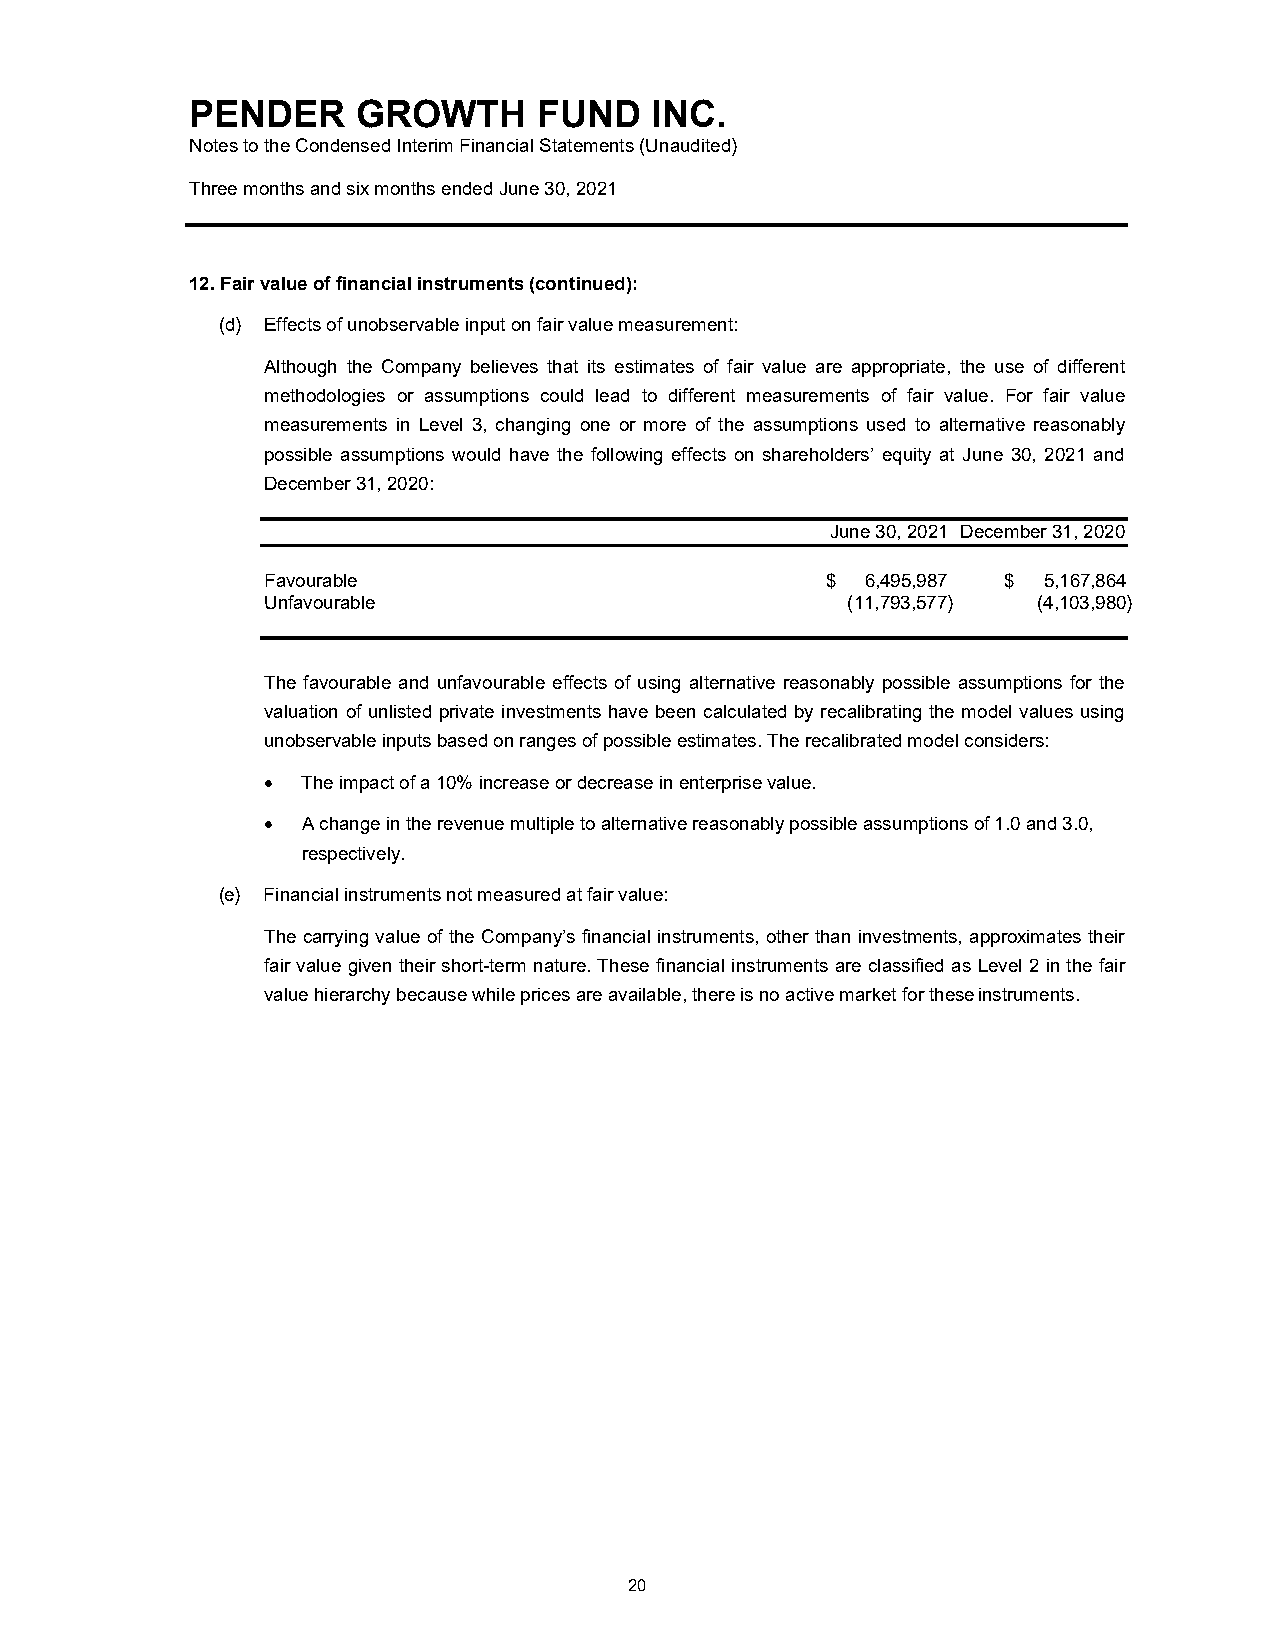
PENDER     GROWTH      FUND   INC.
 Notes to the Condensed Interim Financial Statements (Unaudited)
 Three months and six months ended June 30, 2021
 12. Fair value of financial instruments (continued):
 (d) Effects of unobservable input on fair value measurement:
 Although the Company believes that its estimates of fair value are appropriate, the use of different
 methodologies or assumptions could lead to different measurements of fair value. For fair value
 measurements in Level 3, changing one or more of the assumptions used to alternative reasonably
 possible assumptions would have the following effects on shareholders’ equity at June 30, 2021 and
 December 31, 2020:
 June 30, 2021 December 31, 2020
 Favourable                            $ 6,495,987 $ 5,167,864
 Unfavourable                           (11,793,577) (4,103,980)
 The favourable and unfavourable effects of using alternative reasonably possible assumptions for the
 valuation of unlisted private investments have been calculated by recalibrating the model values using
 unobservable inputs based on ranges of possible estimates. The recalibrated model considers:
   The impact of a 10% increase or decrease in enterprise value.
   A change in the revenue multiple to alternative reasonably possible assumptions of 1.0 and 3.0,
 respectively.
 (e) Financial instruments not measured at fair value:
 The carrying value of the Company’s financial instruments, other than investments, approximates their
 fair value given their short-term nature. These financial instruments are classified as Level 2 in the fair
 value hierarchy because while prices are available, there is no active market for these instruments.
 20